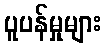
ပူပန်မှုများ